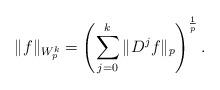
LaTeX: \begin{align*}\| f\|_{W_p^k} = \left(\sum_{j=0}^{k} \| D^jf\|_p \right)^{\frac{1}{p}}.\end{align*}